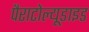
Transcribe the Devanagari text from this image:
पैराटोल्यूडाइड